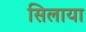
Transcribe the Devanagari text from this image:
सिलाया